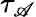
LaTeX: \tau_{\mathscr{A}}